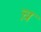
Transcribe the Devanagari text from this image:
च़